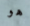
هو